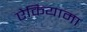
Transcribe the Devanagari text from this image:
ऐकियामा